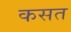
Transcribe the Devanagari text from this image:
कसत